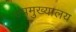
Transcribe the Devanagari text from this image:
उपमुख्यालय